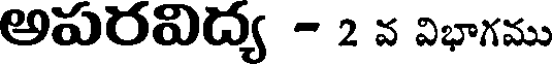
అపరవిద్య - 2 వ విభాగము